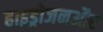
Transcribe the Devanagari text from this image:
हाइड्रोजनऔर